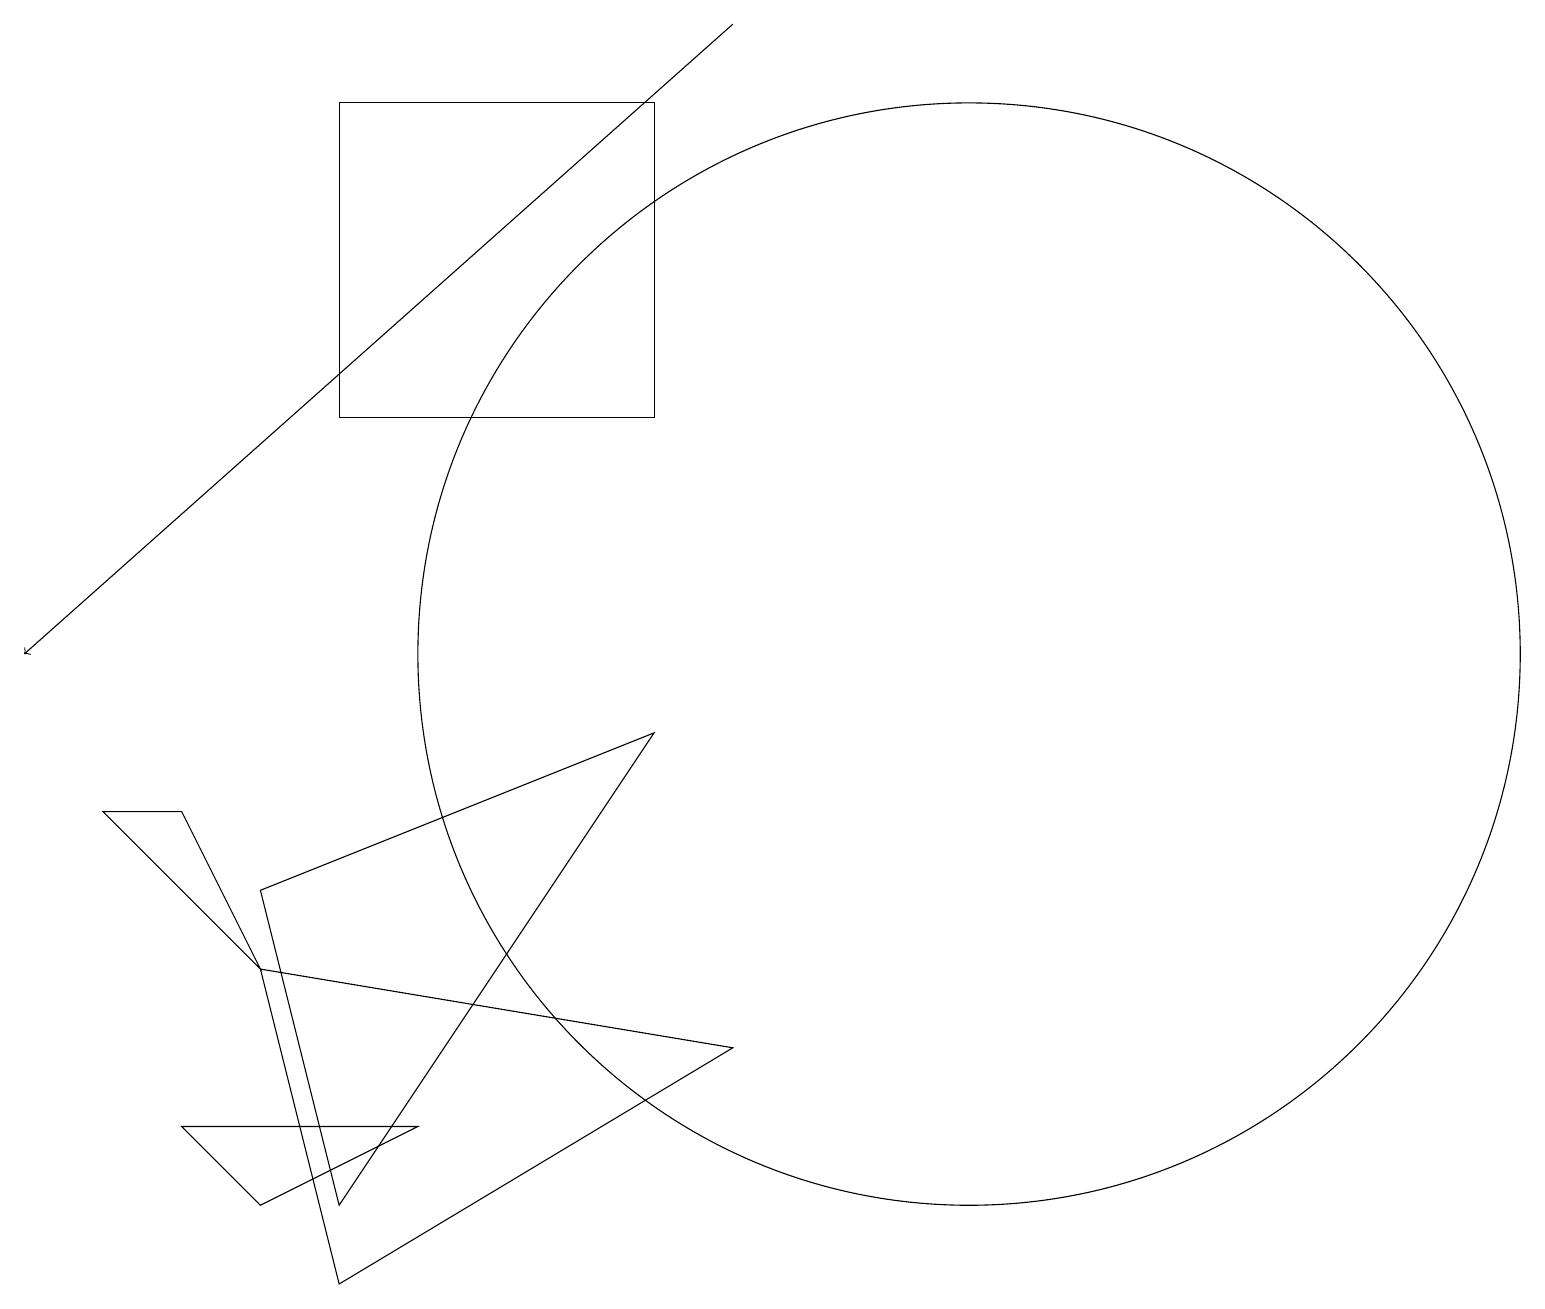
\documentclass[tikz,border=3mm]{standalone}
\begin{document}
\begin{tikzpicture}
\draw (3,6) -- (4,2) -- (9,5) -- cycle;
\draw (12,10) circle (7);
\draw[->] (9,18) -- (0,10);
\draw (5,4) -- (2,4) -- (3,3) -- cycle;
\draw (3,6) -- (2,8) -- (1,8) -- cycle;
\draw (8,17) rectangle (4,13);
\draw (4,3) -- (3,7) -- (8,9) -- cycle;
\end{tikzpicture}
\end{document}